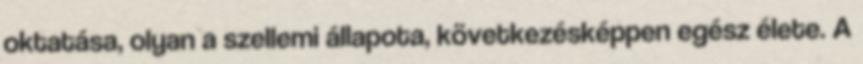
oktatása, olyan a szellemi állapota, következésképpen egész élete. A